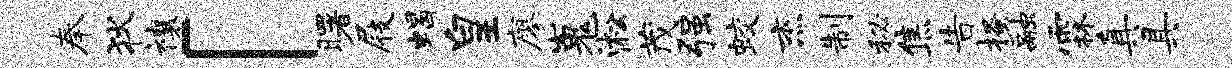
奉狄禳「曙屐蝎皇廖嵬淞茂强蛟杰制秘焦告搔融霖真具